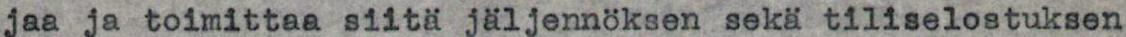
jaa ja toimittaa siitä jäljennöksen sekä tiliselostuksen